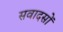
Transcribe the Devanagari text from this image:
सवादसों